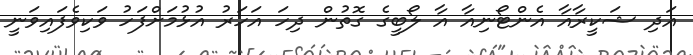
އަދި ޝަކީރާއާ އެންޓޯނިއާ އާ ލޯބީގެ ގޮތުން ދިހަ އަހަރު އުޅުމަށްފަހު ވަކިވެފައިވަނީ